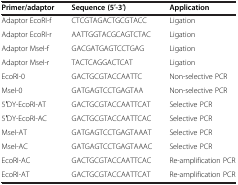
<table><thead><tr><td><b>Primer/adaptor</b></td><td><b>Sequence (5′-3′)</b></td><td><b>Application</b></td></tr></thead><tbody><tr><td>Adaptor EcoRI-f</td><td>CTCGTAGACTGCGTACC</td><td>Ligation</td></tr><tr><td>Adaptor EcoRI-r</td><td>AATTGGTACGCAGTCTAC</td><td>Ligation</td></tr><tr><td>Adaptor MseI-f</td><td>GACGATGAGTCCTGAG</td><td>Ligation</td></tr><tr><td>Adaptor MseI-r</td><td>TACTCAGGACTCAT</td><td>Ligation</td></tr><tr><td>EcoRI-0</td><td>GACTGCGTACCAATTC</td><td>Non-selective PCR</td></tr><tr><td>MseI-0</td><td>GATGAGTCCTGAGTAA</td><td>Non-selective PCR</td></tr><tr><td>5′DY-EcoRI-AT</td><td>GACTGCGTACCAATTCAT</td><td>Selective PCR</td></tr><tr><td>5′DY-EcoRI-AC</td><td>GACTGCGTACCAATTCAC</td><td>Selective PCR</td></tr><tr><td>MseI-AT</td><td>GATGAGTCCTGAGTAAAT</td><td>Selective PCR</td></tr><tr><td>MseI-AC</td><td>GATGAGTCCTGAGTAAAC</td><td>Selective PCR</td></tr><tr><td>EcoRI-AC</td><td>GACTGCGTACCAATTCAC</td><td>Re-amplification PCR</td></tr><tr><td>EcoRI-AT</td><td>GACTGCGTACCAATTCAT</td><td>Re-amplification PCR</td></tr></tbody></table>